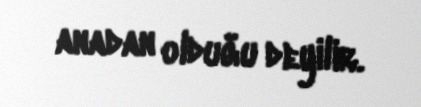
anadan olduğu deyilir.